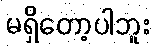
မရှိတော့ပါဘူး